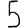
Digit: 5